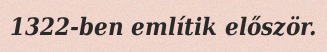
1322-ben említik először.